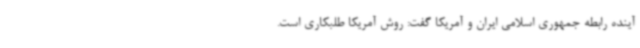
آینده رابطه جمهوری اسلامی ایران و آمریکا گفت: روش آمریکا طلبکاری است.